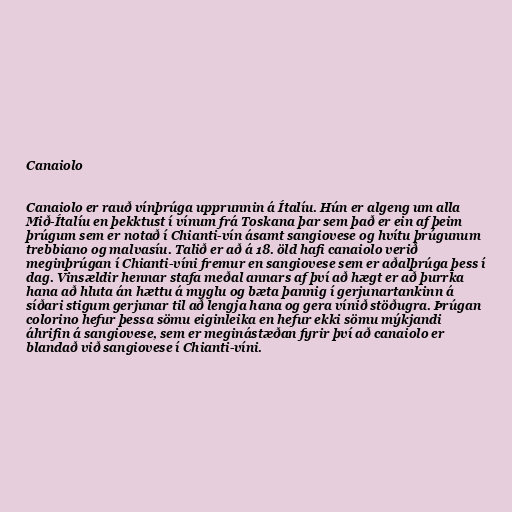
Canaiolo

Canaiolo er rauð vínþrúga upprunnin á Ítalíu. Hún er algeng um alla
Mið-Ítalíu en þekktust í vínum frá Toskana þar sem það er ein af þeim
þrúgum sem er notað í Chianti-vín ásamt sangiovese og hvítu þrúgunum
trebbiano og malvasíu. Talið er að á 18. öld hafi canaiolo verið
meginþrúgan í Chianti-víni fremur en sangiovese sem er aðalþrúga þess í
dag. Vinsældir hennar stafa meðal annars af því að hægt er að þurrka
hana að hluta án hættu á myglu og bæta þannig í gerjunartankinn á
síðari stigum gerjunar til að lengja hana og gera vínið stöðugra. Þrúgan
colorino hefur þessa sömu eiginleika en hefur ekki sömu mýkjandi
áhrifin á sangiovese, sem er meginástæðan fyrir því að canaiolo er
blandað við sangiovese í Chianti-víni.